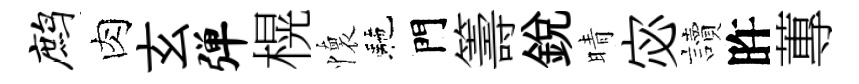
鹧肉玄弹榥懷駰門籌銳晴宓讀旿蓴